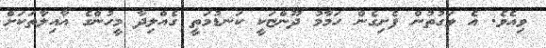
ވިއެވެ. އެ ވަގުތުން ފެށިގެން ހަމާމު ދޫންޏަކީ ކަނޑުމަތީ ގެއްލިދާ މީހުންގެ އާއިލާތަކަށް